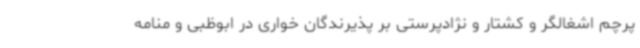
پرچم اشغالگر و کشتار و نژادپرستی بر پذیرندگان خواری در ابوظبی و منامه